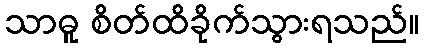
သာဓူ စိတ်ထိခိုက်သွားရသည်။